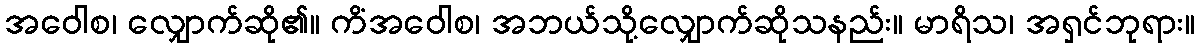
အဝေါစ၊ လျှောက်ဆို၏။ ကိံအဝေါစ၊ အဘယ်သို့လျှောက်ဆိုသနည်း။ မာရိသ၊ အရှင်ဘုရား။